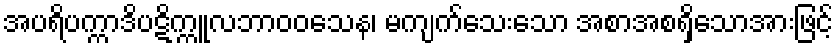
အပရိပက္ကာဒိပဋိက္ကူလဘာဝဝသေန၊ မကျက်သေးသော အစာအစရှိသောအားဖြင့်